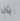
بأن